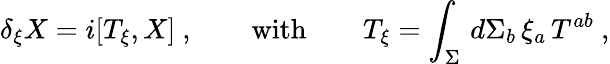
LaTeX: \delta_{\xi}X=i[T_{\xi},X]\ ,\qquad\mathrm{with}\qquad T_{\xi}=\int_{\Sigma}\, d\Sigma_{b}\, \xi_{a}\, T^{ab}\ ,